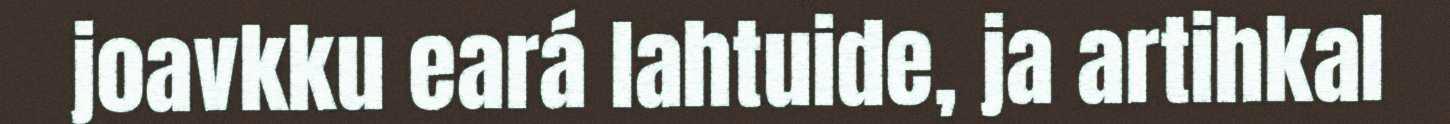
joavkku eará lahtuide, ja artihkal